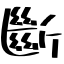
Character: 斷